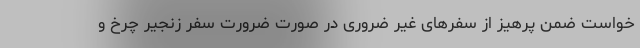
خواست ضمن پرهیز از سفرهای غیر ضروری در صورت ضرورت سفر زنجیر چرخ و